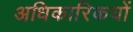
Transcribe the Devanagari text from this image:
अधिकारिकयों